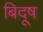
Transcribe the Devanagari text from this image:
बिदूष